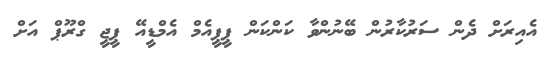
އެއިރަށް ދެން ސަރުކާރުން ބޭނުންވާ ކަންކަން ޕީޕީއެމް އެމްޑީއޭ ޕީޖީ ގްރޫޕް އަށް